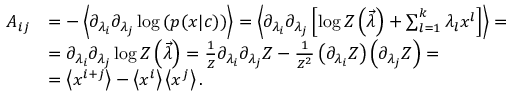
\begin{array} { r l } { A _ { i j } } & { = - \left\langle \partial _ { \lambda _ { i } } \partial _ { \lambda _ { j } } \log \left( p ( x | c ) \right) \right\rangle = \left\langle \partial _ { \lambda _ { i } } \partial _ { \lambda _ { j } } \left[ \log Z \left( \vec { \lambda } \right) + \sum _ { l = 1 } ^ { k } \lambda _ { l } x ^ { l } \right] \right\rangle = } \\ & { = \partial _ { \lambda _ { i } } \partial _ { \lambda _ { j } } \log Z \left( \vec { \lambda } \right) = \frac { 1 } { Z } \partial _ { \lambda _ { i } } \partial _ { \lambda _ { j } } Z - \frac { 1 } { Z ^ { 2 } } \left( \partial _ { \lambda _ { i } } Z \right) \left( \partial _ { \lambda _ { j } } Z \right) = } \\ & { = \left\langle x ^ { i + j } \right\rangle - \left\langle x ^ { i } \right\rangle \left\langle x ^ { j } \right\rangle . } \end{array}